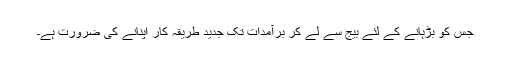
جس کو بڑہانے کے لئے بیج سے لے کر برآمدات تک جدید طریقہ کار اپنانے کی ضرورت ہے۔